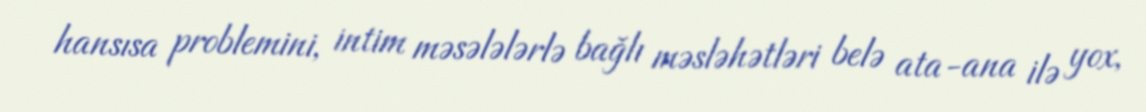
hansısa problemini, intim məsələlərlə bağlı məsləhətləri belə ata-ana ilə yox,